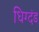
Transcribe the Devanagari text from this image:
धिग्दंड